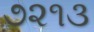
૭૨૧૩